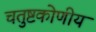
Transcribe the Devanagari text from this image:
चतुष्टकोणीय